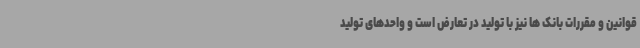
قوانین و مقررات بانک ها نیز با تولید در تعارض است و واحدهای تولید